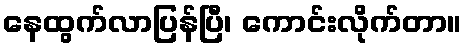
နေထွက်လာပြန်ပြီ၊ ကောင်းလိုက်တာ။